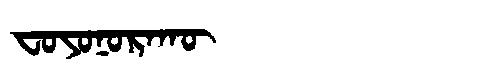
Manchu: ᠸᠣᠶᠣᠨᠣᡵᠠᡴᡡ
Romanization: FOYONORAKŪ